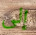
إلى